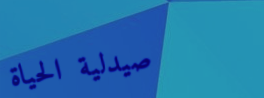
صيدلية الحياة